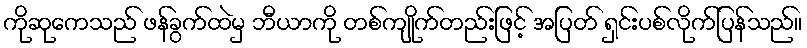
ကိုဆုကေသည် ဖန်ခွက်ထဲမှ ဘီယာကို တစ်ကျိုက်တည်းဖြင့် အပြတ် ရှင်းပစ်လိုက်ပြန်သည်။